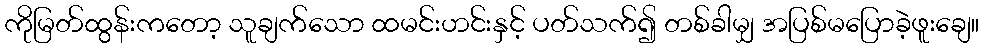
ကိုမြတ်ထွန်းကတော့ သူချက်သော ထမင်းဟင်းနှင့် ပတ်သက်၍ တစ်ခါမျှ အပြစ်မပြောခဲ့ဖူးချေ။